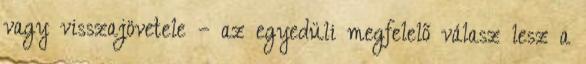
vagy visszajövetele – az egyedüli megfelelő válasz lesz a